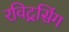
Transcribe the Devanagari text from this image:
रविद्रसिंग